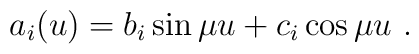
a_{i}(u) = b_{i} \sin \mu u + c_{i} \cos \mu u~.